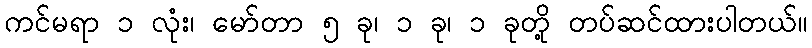
ကင်မရာ ၁ လုံး၊ မော်တာ ၅ ခု၊ ၁ ခု၊ ၁ ခုတို့ တပ်ဆင်ထားပါတယ်။